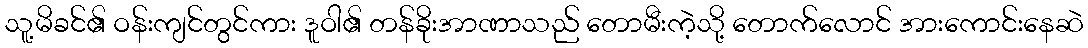
သူ့မိခင်၏ ဝန်းကျင်တွင်ကား ဒူဝါ၏ တန်ခိုးအာဏာသည် တောမီးကဲ့သို့ တောက်လောင် အားကောင်းနေဆဲ